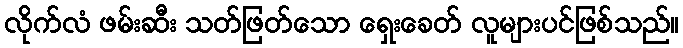
လိုက်လံ ဖမ်းဆီး သတ်ဖြတ်သော ရှေးခေတ် လူများပင်ဖြစ်သည်။